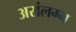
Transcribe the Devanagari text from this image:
असंलग्न